Civil Veterinary Dept. Bombay admin report 1923-31 - 1923-1931
Year: 1923
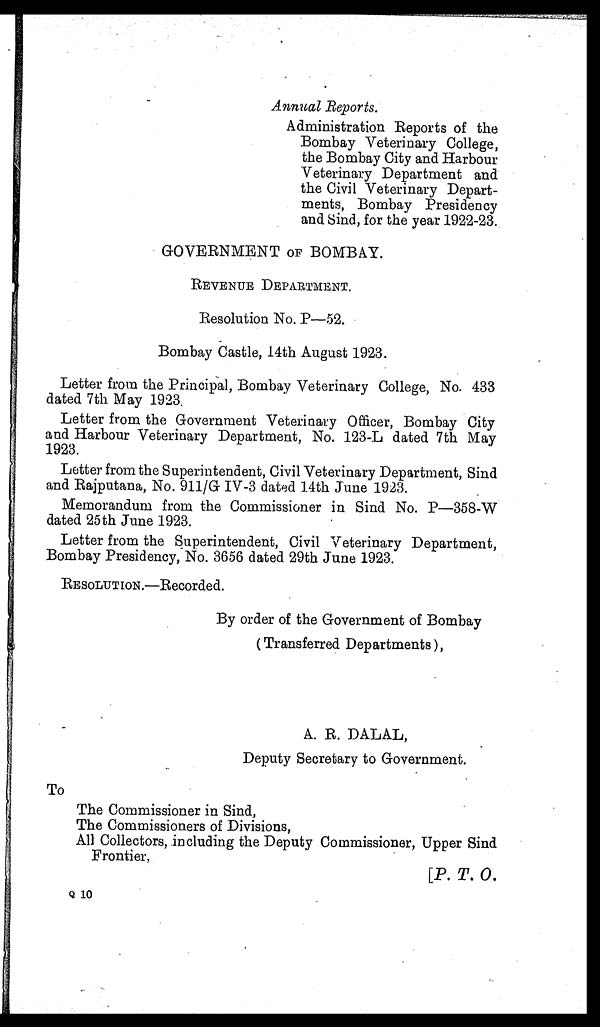
Annual Reports.
Administration Reports of the
Bombay Veterinary College,
the Bombay City and Harbour
Veterinary Department and
the Civil Veterinary Depart-
ments, Bombay Presidency
and Sind, for the year 1922-23.
GOVERNMENT OF BOMBAY.
REVENUE DEPARTMENT.
Resolution No. P—52.
Bombay Castle, 14th August 1923.
Letter from the Principal, Bombay Veterinary College, No. 433
dated 7th May 1923.
Letter from the Government Veterinary Officer, Bombay City
and Harbour Veterinary Department, No. 123-L dated 7th May
1923.
Letter from the Superintendent, Civil Veterinary Department, Sind
and Rajputana, No. 911/G IV-3 dated 14th June 1923.
Memorandum from the Commissioner in Sind No. P—358-W
dated 25th June 1923.
Letter from the Superintendent, Civil Veterinary Department,
Bombay Presidency, No. 3656 dated 29th June 1923.
RESOLUTION.—Recorded.
By order of the Government of Bombay
(Transferred Departments),
A. R. DALAL,
Deputy Secretary to Government.
To
The Commissioner in Sind,
The Commissioners of Divisions,
All Collectors, including the Deputy Commissioner, Upper Sind
Frontier,
[P. T. O.
Q 10